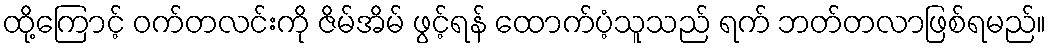
ထို့ကြောင့် ဝက်တလင်းကို ဇိမ်အိမ် ဖွင့်ရန် ထောက်ပံ့သူသည် ရက် ဘတ်တလာဖြစ်ရမည်။